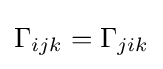
\Gamma _{ijk}=\Gamma _{jik}